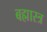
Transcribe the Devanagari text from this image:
बह्मास्त्र